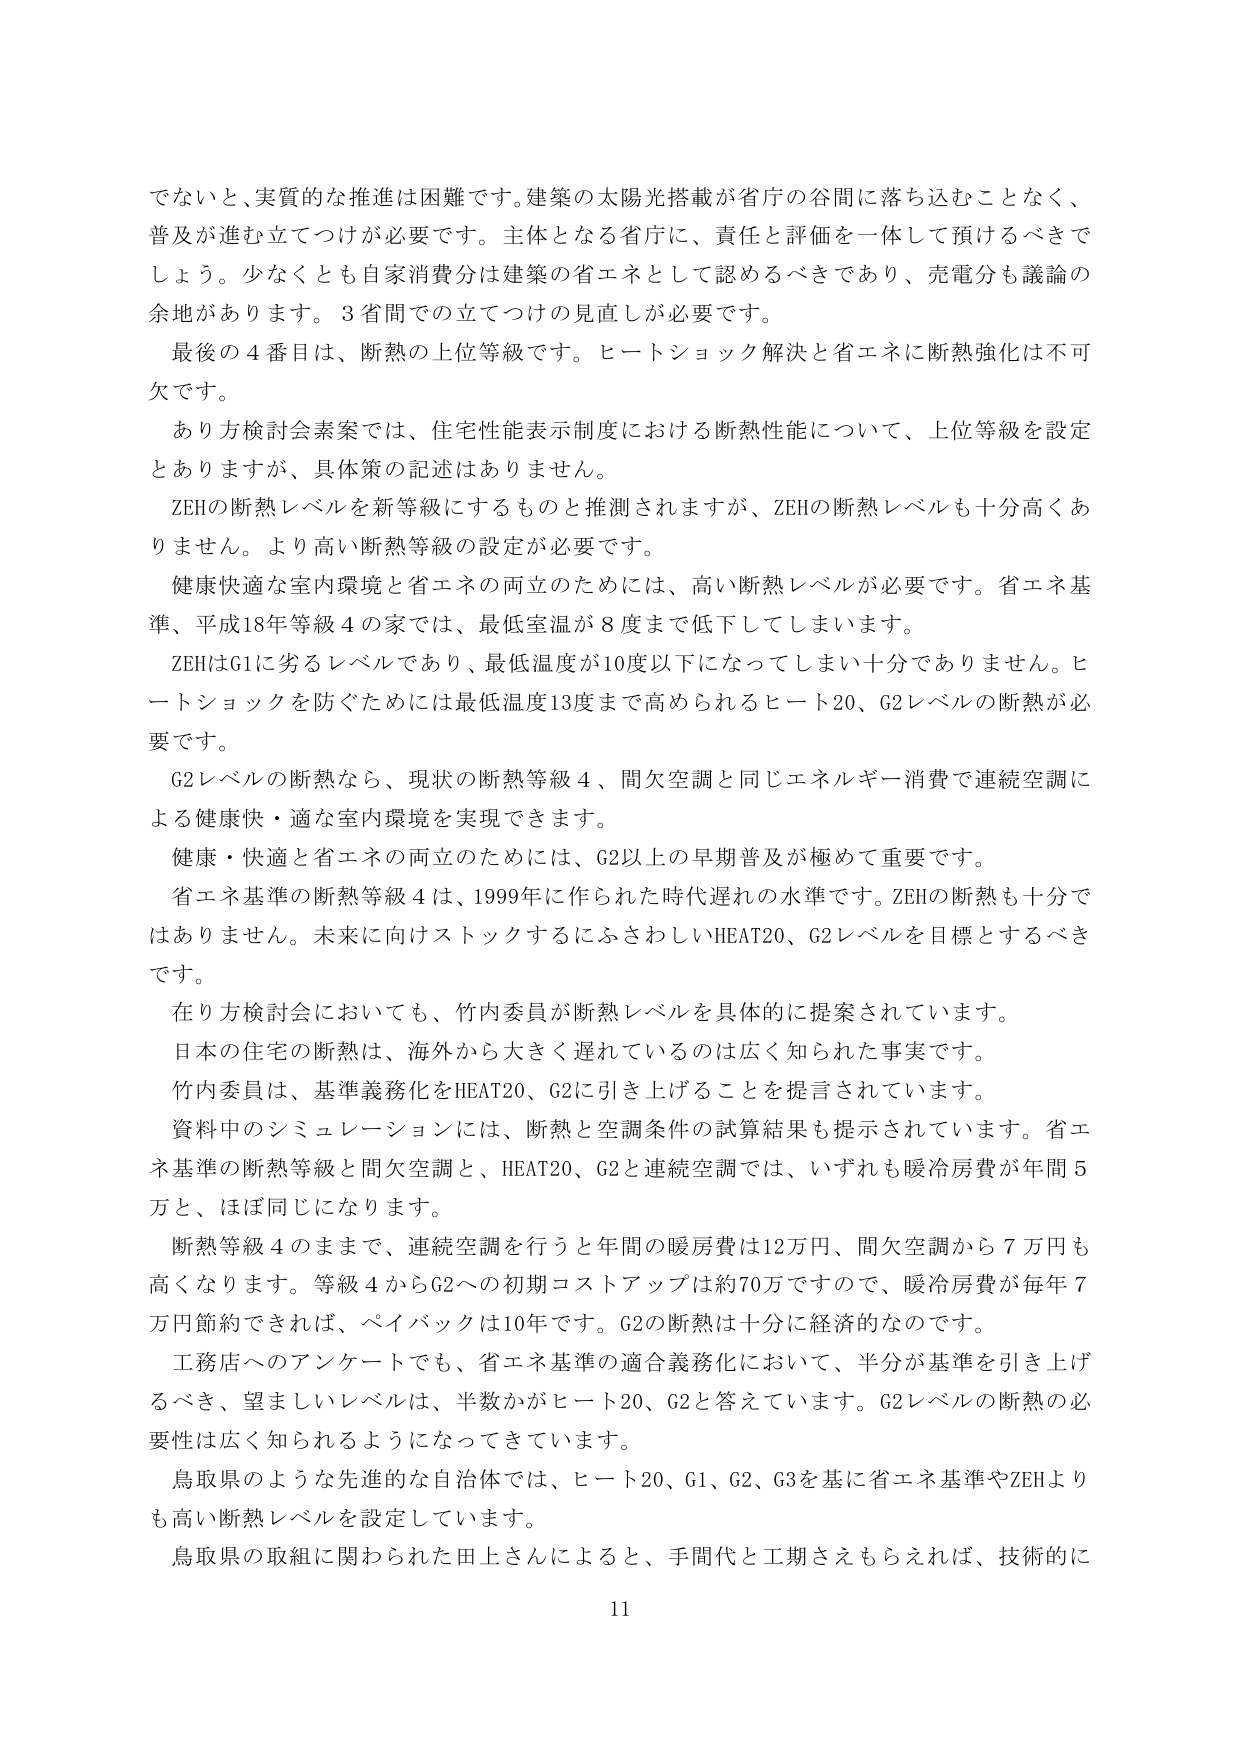
でないと、実質的な推進は困難です。建築の太陽光搭載が省庁の谷間に落ち込むことなく、普及が進む立てつけが必要です。主体となる省庁に、責任と評価を一体して預けるべきでしょう。少なくとも自家消費分は建築の省エネとして認めるべきであり、売電分も議論の余地があります。3省間での立てつけの見直しが必要です。

最後の4番目は、断熱の上位等級です。ヒートショック解決と省エネに断熱強化は不可欠です。

あり方検討会素案では、住宅性能表示制度における断熱性能について、上位等級を設定とありますが、具体策の記述はありません。

ZEHの断熱レベルを新等級にするものと推測されますが、ZEHの断熱レベルも十分高くありません。より高い断熱等級の設定が必要です。

健康快適な室内環境と省エネの両立のためには、高い断熱レベルが必要です。省エネ基準、平成18年等級4の家では、最低室温が8度まで低下してしまいます。

ZEHはG1に劣るレベルであり、最低温度が10度以下になってしまい十分ではありません。ヒートショックを防ぐためには最低温度13度まで高められるヒート20、G2レベルの断熱が必要です。

G2レベルの断熱なら、現状の断熱等級4、間欠空調と同じエネルギー消費で連続空調による健康快・適な室内環境を実現できます。

健康・快適と省エネの両立のためには、G2以上の早期普及が極めて重要です。

省エネ基準の断熱等級4は、1999年に作られた時代遅れの水準です。ZEHの断熱も十分ではありません。未来に向けストックするにふさわしいHEAT20、G2レベルを目標とするべきです。

在り方検討会においても、竹内委員が断熱レベルを具体的に提案されています。

日本の住宅の断熱は、海外から大きく遅れているのは広く知られた事実です。

竹内委員は、基準義務化をHEAT20、G2に引き上げることを提言されています。

資料中のシミュレーションには、断熱と空調条件の試算結果も提示されています。省エネ基準の断熱等級と間欠空調と、HEAT20、G2と連続空調では、いずれも暖冷房費が年間5万と、ほぼ同じになります。

断熱等級4のままで、連続空調を行うと年間の暖房費は12万円、間欠空調から7万円も高くなります。等級4からG2への初期コストアップは約70万ですので、暖冷房費が毎年7万円節約できれば、ペイバックは10年です。G2の断熱は十分に経済的なのです。

工務店へのアンケートでも、省エネ基準の適合義務化において、半分が基準を引き上げるべき、望ましいレベルは、半数かがヒート20、G2と答えています。G2レベルの断熱の必要性は広く知られるようになってきています。

鳥取県のような先進的な自治体では、ヒート20、G1、G2、G3を基に省エネ基準やZEHよりも高い断熱レベルを設定しています。

鳥取県の取組に関わられた田上さんによると、手間代と工期さえもらえれば、技術的に

11